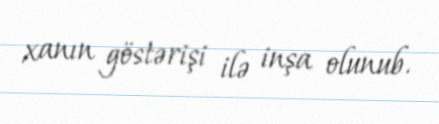
xanın göstərişi ilə inşa olunub.